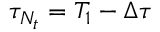
\tau _ { N _ { t } } = T _ { 1 } - \Delta \tau